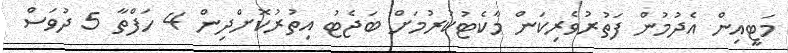
މަޓީއިން އެދުމުން ފަތުރުވެރިކަން މާކެޓުކުރުމަށް ބަޖެޓު އިތުރުކޮށްދިން 4 ހަފްތާ 5 ދުވަސް